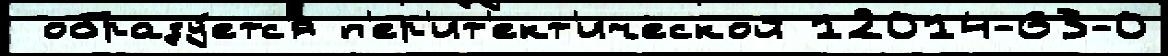
 образу́етс'я п'ер'ит'ект'ической 12014-63-0